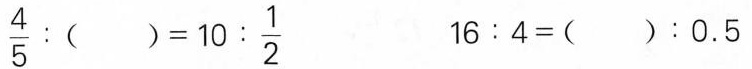
\frac{4}{5}:( )=10:\frac{1}{2}